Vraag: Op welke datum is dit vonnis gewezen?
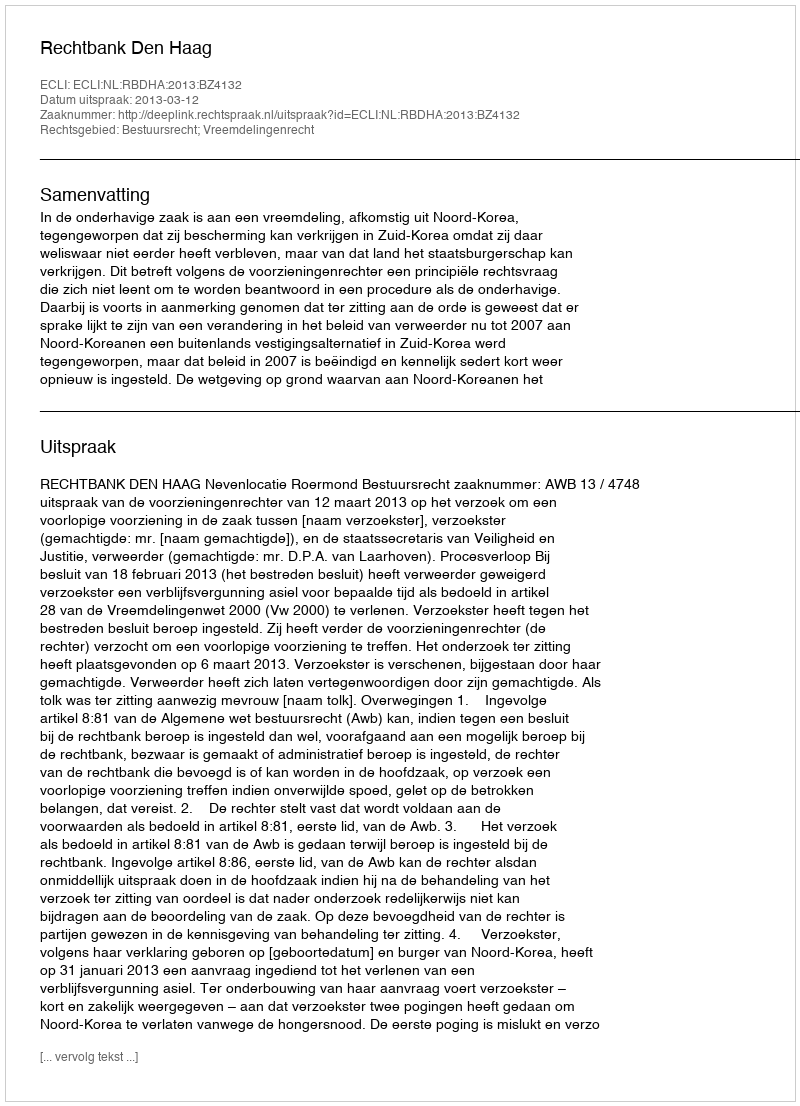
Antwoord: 2013-03-12